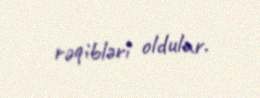
rəqibləri oldular.